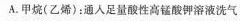
A.甲烷(乙烯)：通人足量酸性高锰酸钾溶液洗气